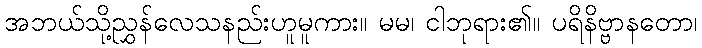
အဘယ်သို့ညွှန်လေသနည်းဟူမူကား။ မမ၊ ငါဘုရား၏။ ပရိနိဗ္ဗာနတော၊